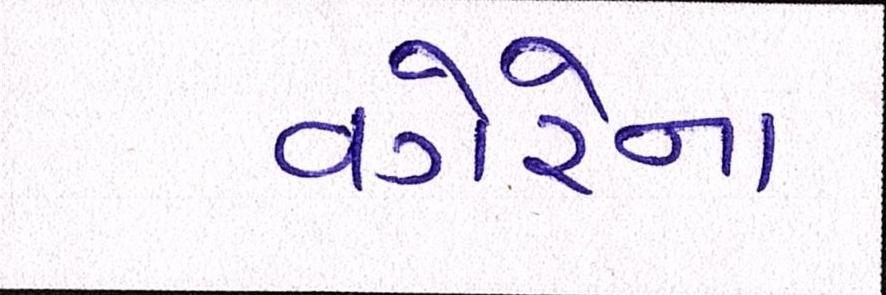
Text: વગેરેના